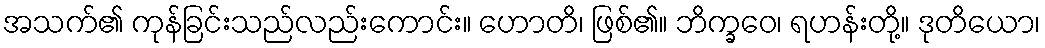
အသက်၏ ကုန်ခြင်းသည်လည်းကောင်း။ ဟောတိ၊ ဖြစ်၏။ ဘိက္ခဝေ၊ ရဟန်းတို့။ ဒုတိယော၊